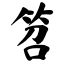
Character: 笤